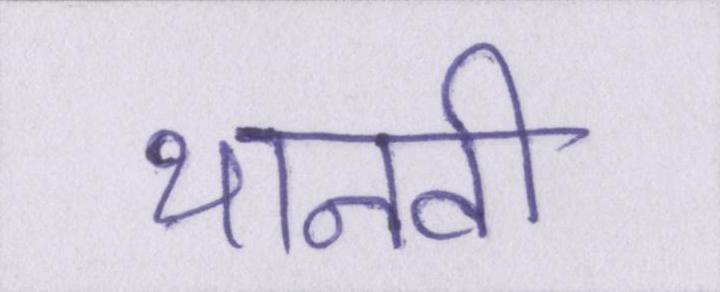
थानवी